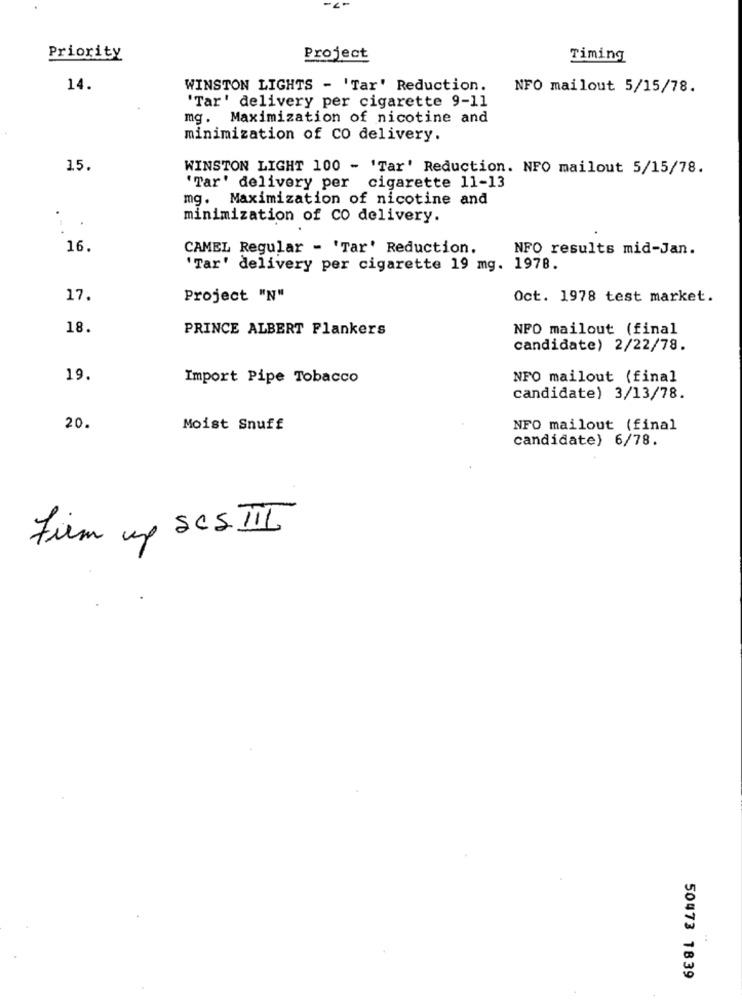
Priority
Project
Timing
14.
WINSTON LIGHTS - 'Tar' Reduction.
NFO mailout 5/15/78.
'Tar' delivery per cigarette 9-11
mg. Maximization of nicotine and
minimization of CO delivery.
15.
WINSTON LIGHT 100 - 'Tar' Reduction. NFO mailout 5/15/78.
'Tar' delivery per cigarette 11-13
mg. Maximization of nicotine and
minimization of CO delivery.
16.
CAMEL Regular - 'Tar' Reduction.
NFO results mid-Jan.
'Tar' delivery per cigarette 19 mg. 1978.
17.
Project "N"
Oct. 1978 test market.
18.
PRINCE ALBERT Flankers
NFO mailout (final
candidate) 2/22/78.
19.
Import Pipe Tobacco
NFO mailout (final
candidate) 3/13/78.
20.
Moist Snuff
NFO mailout (final
candidate) 6/78.
Firem up SCS. III
50473 1839